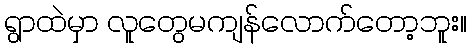
ရွာထဲမှာ လူတွေမကျန်လောက်တော့ဘူး။